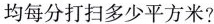
均每分打扫多少平方米?